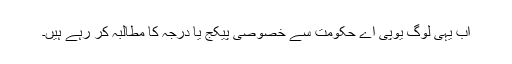
اب یہی لوگ یوپی اے حکومت سے خصوصی پیکج یا درجہ کا مطالبہ کر رہے ہیں۔